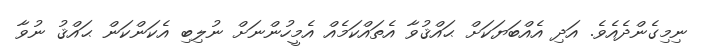
ނިމިގެންދެއެވެ. އަދި އެއްބަޔަކަށް ޙައްޤުވާ އެތައްކަމެއް އެމީހުންނަށް ނުލިބި އެކަންކަން ޙައްޤު ނުވާ